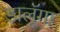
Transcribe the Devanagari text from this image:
डालूॅगा